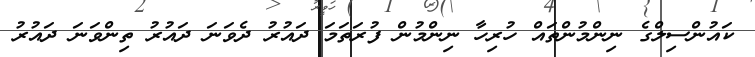
ކައުންސިލްގެ ނިންމުންތައް ހުރިހާ ނިންމުން ފުރަތަމަ ދައުރު ދެވަނަ ދައުރު ތިންވަނަ ދައުރު